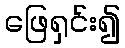
ဖြေရှင်း၍